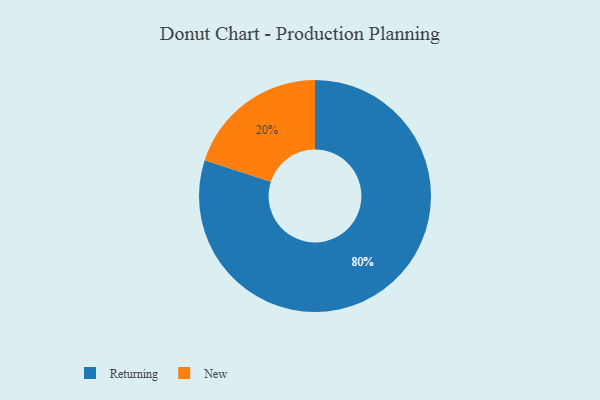
{"axis": {"x": "Category", "y": "Percentage"}, "legend": ["New", "Returning"], "data": [{"x": "Returning", "y": 80, "type": "Returning"}, {"x": "New", "y": 20, "type": "New"}]}